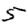
Digit: 5